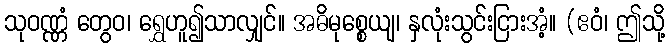
သုဝဏ္ဏံ တွေဝ၊ ရွှေဟူ၍သာလျှင်။ အဓိမုစ္စေယျ၊ နှလုံးသွင်းငြားအံ့။ (ဧဝံ၊ ဤသို့